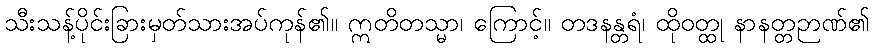
သီးသန့်ပိုင်းခြားမှတ်သားအပ်ကုန်၏။ ဣတိတသ္မာ၊ ကြောင့်။ တဒနန္တရံ၊ ထိုဝတ္ထု နာနတ္တဉာဏ်၏